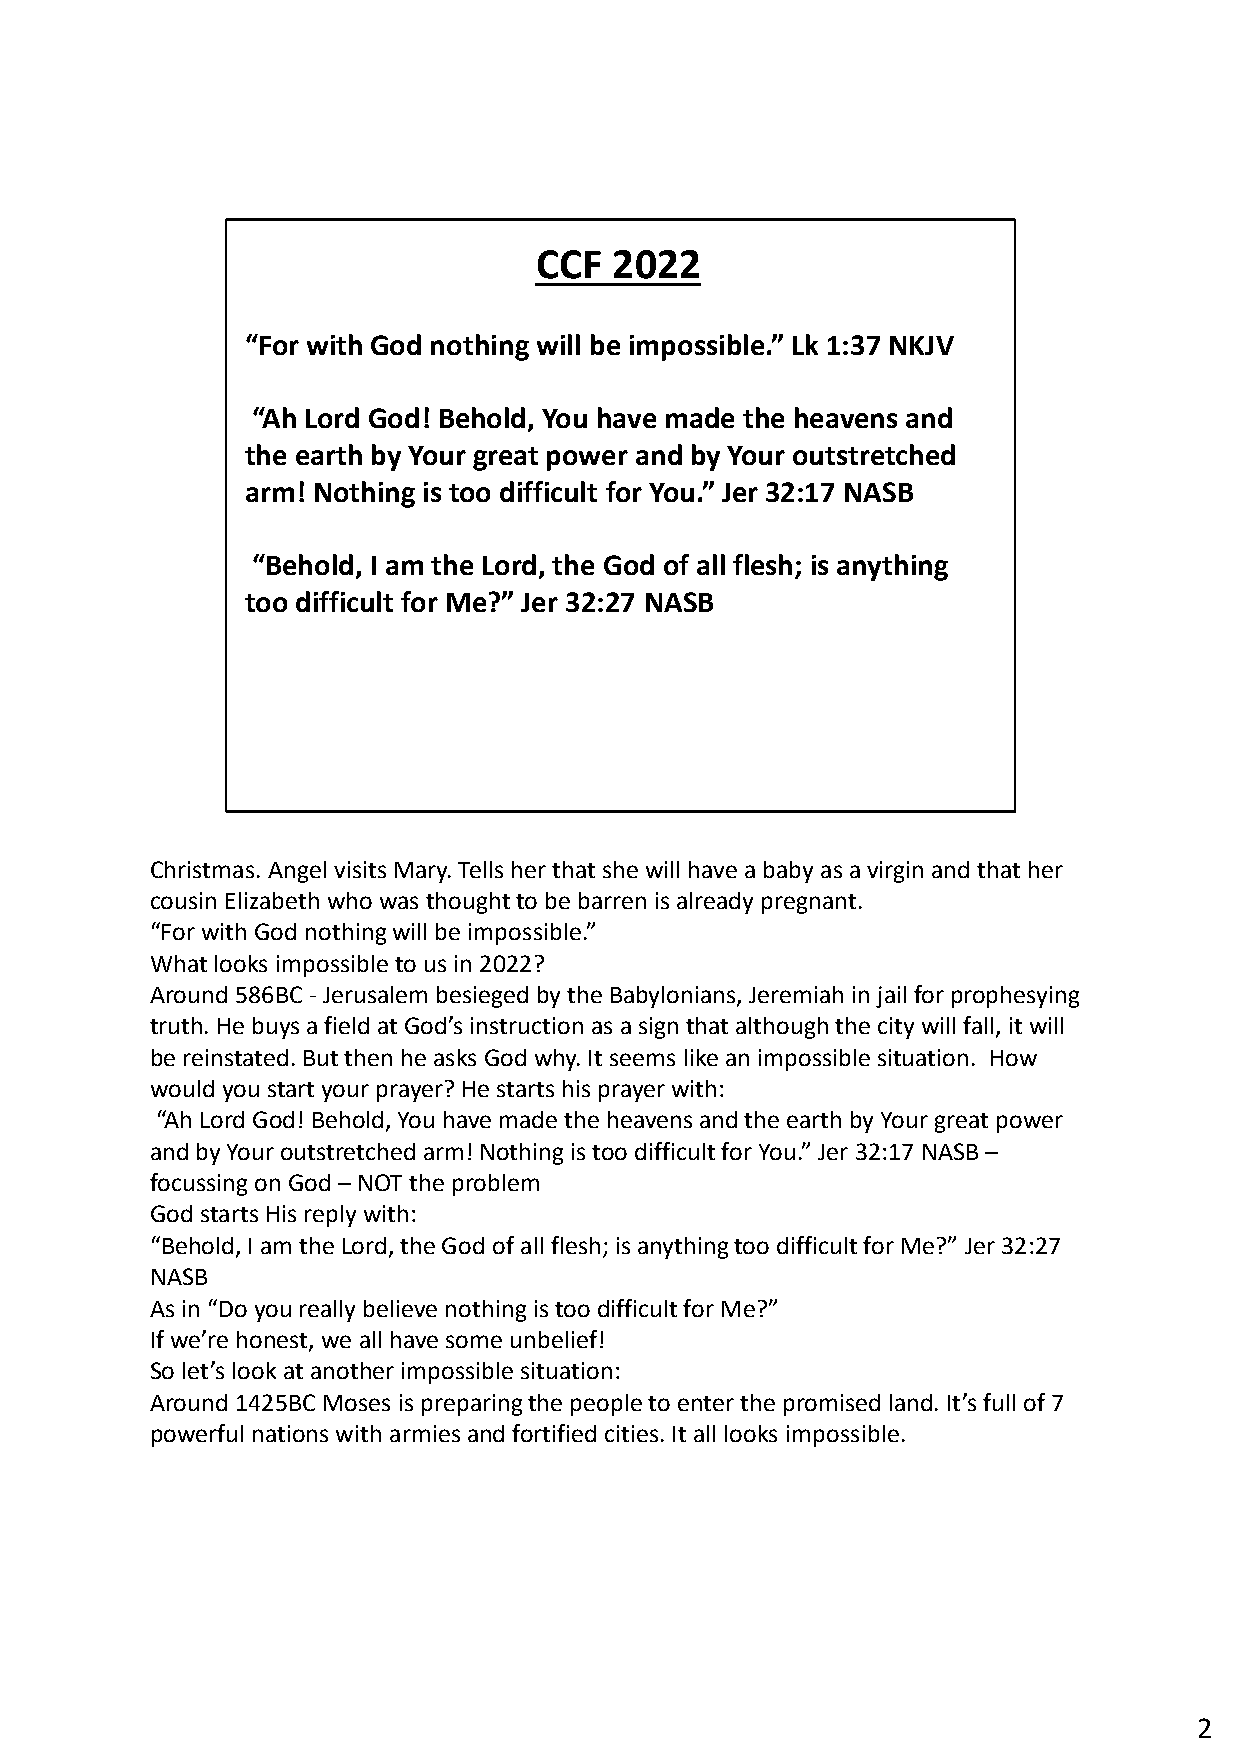
CCF   2022
 “For with God nothing will be impossible.” Lk 1:37 NKJV
 “Ah Lord God! Behold, You have made the heavens and
 the earth by Your great power and by Your outstretched
 arm! Nothing is too difficult for You.” Jer 32:17 NASB
 “Behold, I am the Lord, the God of all flesh; is anything
 too difficult for Me?” Jer 32:27 NASB
 Christmas. Angel visits Mary. Tells her that she will have a baby as a virgin and that her
 cousin Elizabeth who was thought to be barren is already pregnant.
 “For with God nothing will be impossible.”
 What looks impossible to us in 2022?
 Around 586BC -Jerusalem besieged by the Babylonians, Jeremiah in jail for prophesying
 truth. He buys a field at God’s instruction as a sign that although the city will fall, it will
 be reinstated. But then he asks God why. It seems like an impossible situation. How
 would you start your prayer? He starts his prayer with:
 “Ah Lord God! Behold, You have made the heavens and the earth by Your great power
 and by Your outstretched arm! Nothing is too difficult for You.” Jer 32:17 NASB –
 focussing on God –NOT the problem
 God starts His reply with:
 “Behold, I am the Lord, the God of all flesh; is anything too difficult for Me?” Jer32:27
 NASB
 As in “Do you really believe nothing is too difficult for Me?”
 If we’re honest, we all have some unbelief!
 So let’s look at another impossible situation:
 Around 1425BC Moses is preparing the people to enter the promised land. It’s full of 7
 powerful nations with armies and fortified cities. It all looks impossible.
 2